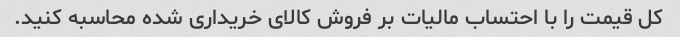
کل قیمت را با احتساب مالیات بر فروش کالای خریداری شده محاسبه کنید.